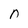
Character: n